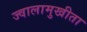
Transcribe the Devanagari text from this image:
ज्वालामुखीता